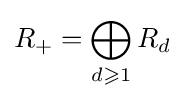
R_{+}=\bigoplus _{d\geqslant 1}R_{d}